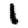
Digit: 1